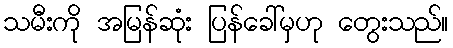
သမီးကို အမြန်ဆုံး ပြန်ခေါ်မှဟု တွေးသည်။